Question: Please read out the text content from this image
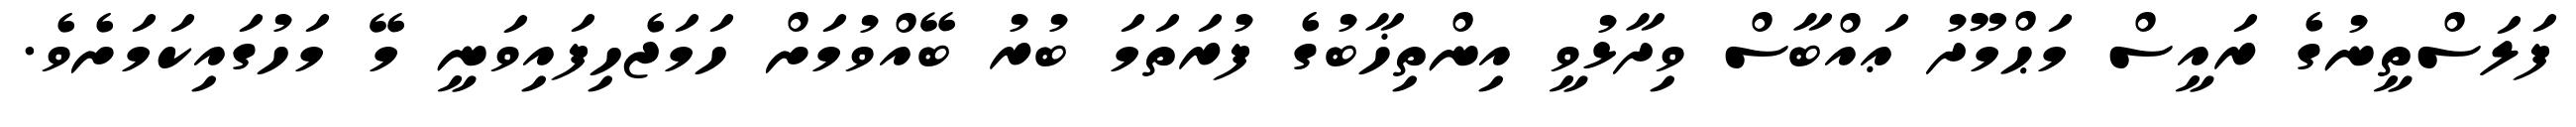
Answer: ފަލަސްތީނުގެ ރައީސް މަޙްމޫދު ޢައްބާސް ވިދާޅުވީ އިންތިޚާބުގެ ފުރަތަމަ ބުރު ބޭއްވުމަށް ހަމަޖެހިފައިވަނީ މޭ މަހުގައިކަމަށެވެ.